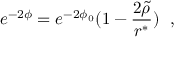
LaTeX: e ^ { - 2 \phi } = e ^ { - 2 \phi _ { 0 } } ( 1 - \frac { 2 \tilde { \rho } } { r ^ { \ast } } ) ~ ~ ,